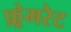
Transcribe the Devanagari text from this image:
फ़्रेमरेट